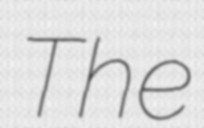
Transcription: The